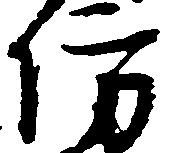
防